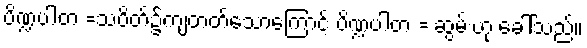
ပိဏ္ဍပါတ =သပိတ်၌ကျတတ်သောကြောင့် ပိဏ္ဍပါတ = ဆွမ်းဟု ခေါ်သည်။